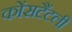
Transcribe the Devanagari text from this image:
कोंसटैंटली